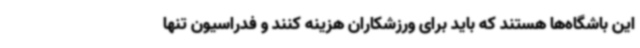
این باشگاه‌ها هستند که باید برای ورزشکاران هزینه کنند و فدراسیون تنها